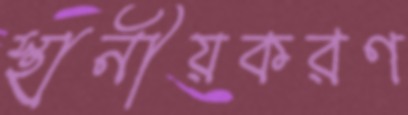
স্থানীয়করণ